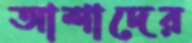
আশাদের